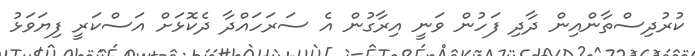
ކުރުދިސްތާންއިން ދާދި ފަހުން ވަނީ އިރާގުން އެ ސަރަހައްދާ ދެކޮޅަށް އަސްކަރީ ފިޔަވަޅު